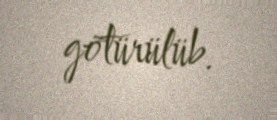
götürülüb.